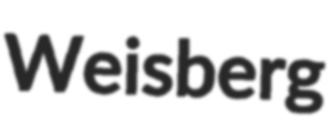
Weisberg